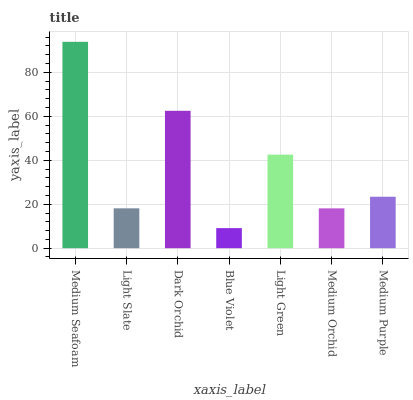
| xaxis_label | bars |
 | --- | --- |
 | Medium Seafoam | 93.9 |
 | Light Slate | 18.1 |
 | Dark Orchid | 62.5 |
 | Blue Violet | 9.14 |
 | Light Green | 42.6 |
 | Medium Orchid | 18.1 |
 | Medium Purple | 23.4 |